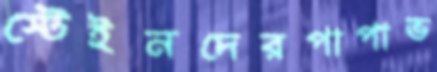
স্টেইনদেরপাপাভ